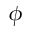
\phi